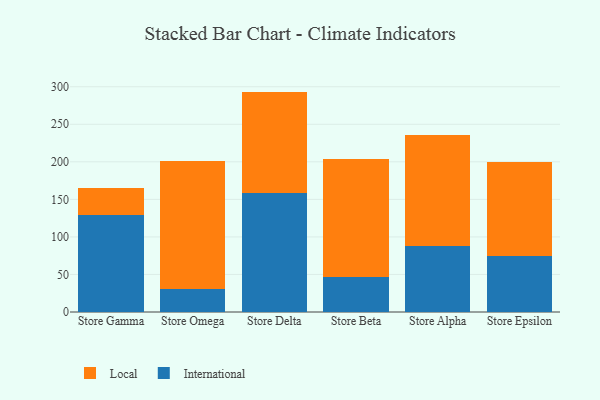
{"axis": {"x": "Store", "y": "Satisfaction Score"}, "legend": ["International", "Local"], "data": [{"x": "Store Gamma", "y": 129.4, "type": "International"}, {"x": "Store Gamma", "y": 35.8, "type": "Local"}, {"x": "Store Omega", "y": 30.5, "type": "International"}, {"x": "Store Omega", "y": 170.9, "type": "Local"}, {"x": "Store Delta", "y": 159.1, "type": "International"}, {"x": "Store Delta", "y": 134.4, "type": "Local"}, {"x": "Store Beta", "y": 46.5, "type": "International"}, {"x": "Store Beta", "y": 157.4, "type": "Local"}, {"x": "Store Alpha", "y": 88.2, "type": "International"}, {"x": "Store Alpha", "y": 147.0, "type": "Local"}, {"x": "Store Epsilon", "y": 75.2, "type": "International"}, {"x": "Store Epsilon", "y": 124.4, "type": "Local"}]}